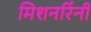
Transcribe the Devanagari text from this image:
मिशनरिंनी